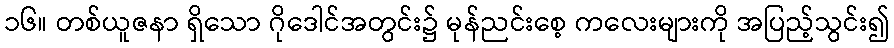
၁၆။ တစ်ယူဇနာ ရှိသော ဂိုဒေါင်အတွင်း၌ မုန်ညင်းစေ့ ကလေးများကို အပြည့်သွင်း၍